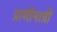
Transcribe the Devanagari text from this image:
प्राणीमात्री